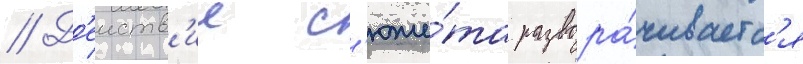
// Д'еиств'ие с'юже́та развора́чиваетс'я